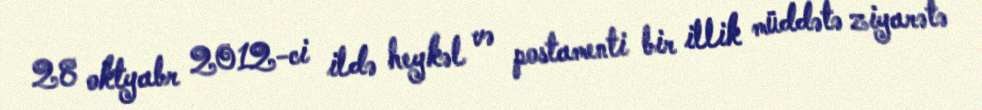
28 oktyabr 2012-ci ildə heykəl və postamenti bir illik müddətə ziyarətə